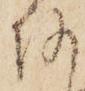
何